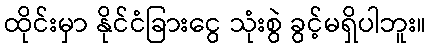
ထိုင်းမှာ နိုင်ငံခြားငွေ သုံးစွဲ ခွင့်မရှိပါဘူး။